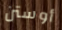
أوستن